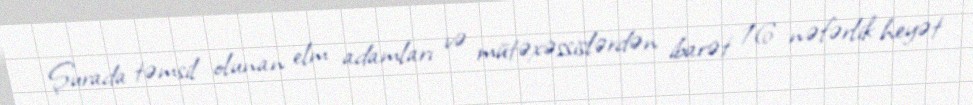
Şurada təmsil olunan elm adamları və mütəxəssislərdən ibarət 16 nəfərlik heyət